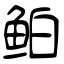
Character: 鲌